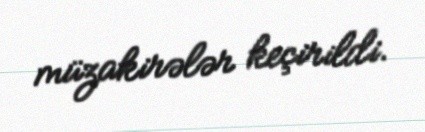
müzakirələr keçirildi.